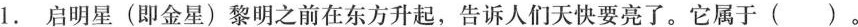
1.启明星(即金星)黎明之前在东方升起，告诉人们天快要亮了。它属于( )。